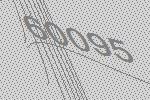
60095